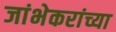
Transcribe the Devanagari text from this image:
जांभेकरांच्या